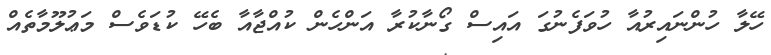
ހޭލާ ހުންނައިރުއާ ހުވަފެނުގަ އައިސް ގޯނާކުރާ އަންހެން ކުއްޖާއާ ބެހޭ ކުޑަވެސް މަޢުލޫމާތެއް